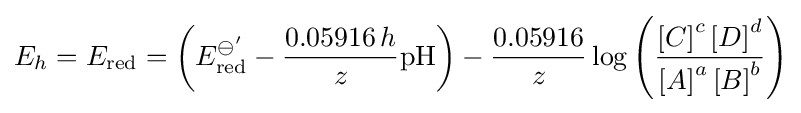
E_{h}=E_{\text{red}}=\left(E_{\text{red}}^{\ominus '}-{\frac {0.05916\,h}{z}}{\text{pH}}\right)-{\frac {0.05916}{z}}\log \left({\frac {\left[C\right]^{c}\left[D\right]^{d}}{\left[A\right]^{a}\left[B\right]^{b}}}\right)